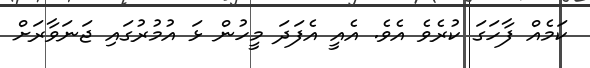
ކަމެއް ފާހަގަ ކުރެވެ އެވެ. އެއީ އެފަދަ މީހުން ޅަ އުމުރުގައި ޖަނަވާރަށް